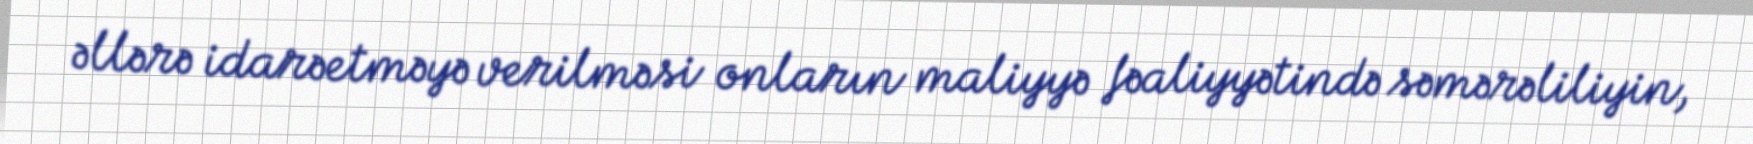
əllərə idarəetməyə verilməsi onların maliyyə fəaliyyətində səmərəliliyin,